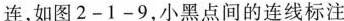
连，如图2-1-9，小黑点间的连线标注